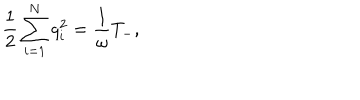
LaTeX: \frac { 1 } { 2 } \sum _ { i = 1 } ^ { N } q _ { i } ^ { 2 } = \frac { 1 } { \omega } T _ { - } ,